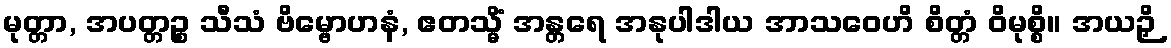
မုတ္တာ, အပတ္တဉ္စ သီသံ ဗိမ္ဗောဟနံ, ဧတသ္မိံ အန္တရေ အနုပါဒါယ အာသဝေဟိ စိတ္တံ ဝိမုစ္စိ။ အယဉှိ